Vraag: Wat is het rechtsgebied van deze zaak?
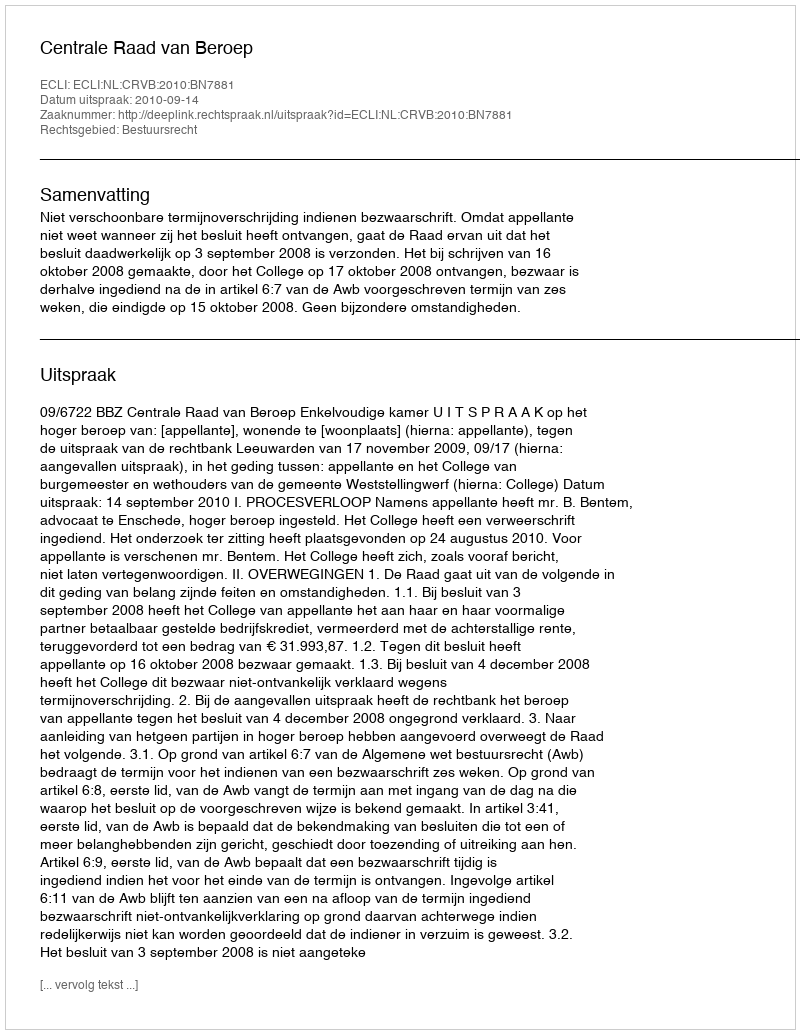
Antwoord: Bestuursrecht